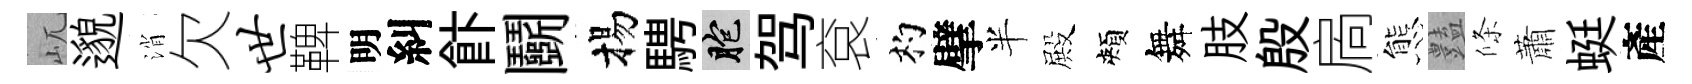
屼邈消欠世鞞明糾飰鬬揚騁胞驾袞杓擘半殿頰舞肢殷扄態𧰟條蕭蜓產